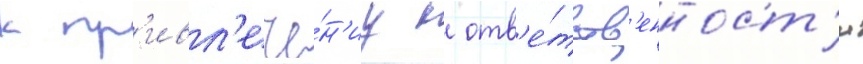
к пр'ивл'ече́н'иу к отв'е́тств'енност'и